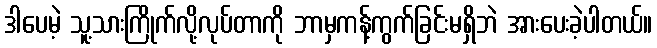
ဒါပေမဲ့ သူ့သားကြိုက်လို့လုပ်တာကို ဘာမှကန့်ကွက်ခြင်းမရှိဘဲ အားပေးခဲ့ပါတယ်။